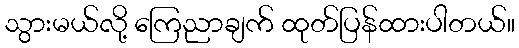
သွားမယ်လို့ ကြေညာချက် ထုတ်ပြန်ထားပါတယ်။